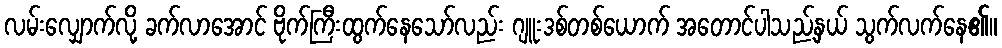
လမ်းလျှောက်လို့ ခက်လာအောင် ဗိုက်ကြီးထွက်နေသော်လည်း ဂျူးဒစ်တစ်ယောက် အတောင်ပါသည့်နှယ် သွက်လက်နေ၏။